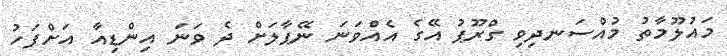
މައުލޫމާތު މުއްސަނދިވި ގްރޫޕު އޭގެ އެއްވަނަ ނޭޕާލަށް ދެ ވަނަ އިންޑިއާ އަށްފަހު